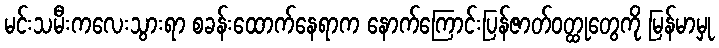
မင်းသမီးကလေးသွားရာ စခန်းထောက်နေရာက နောက်ကြောင်းပြန်ဇာတ်ဝတ္ထုတွေကို မြန်မာမှု